Eesti_Rahvusfond, lk 90
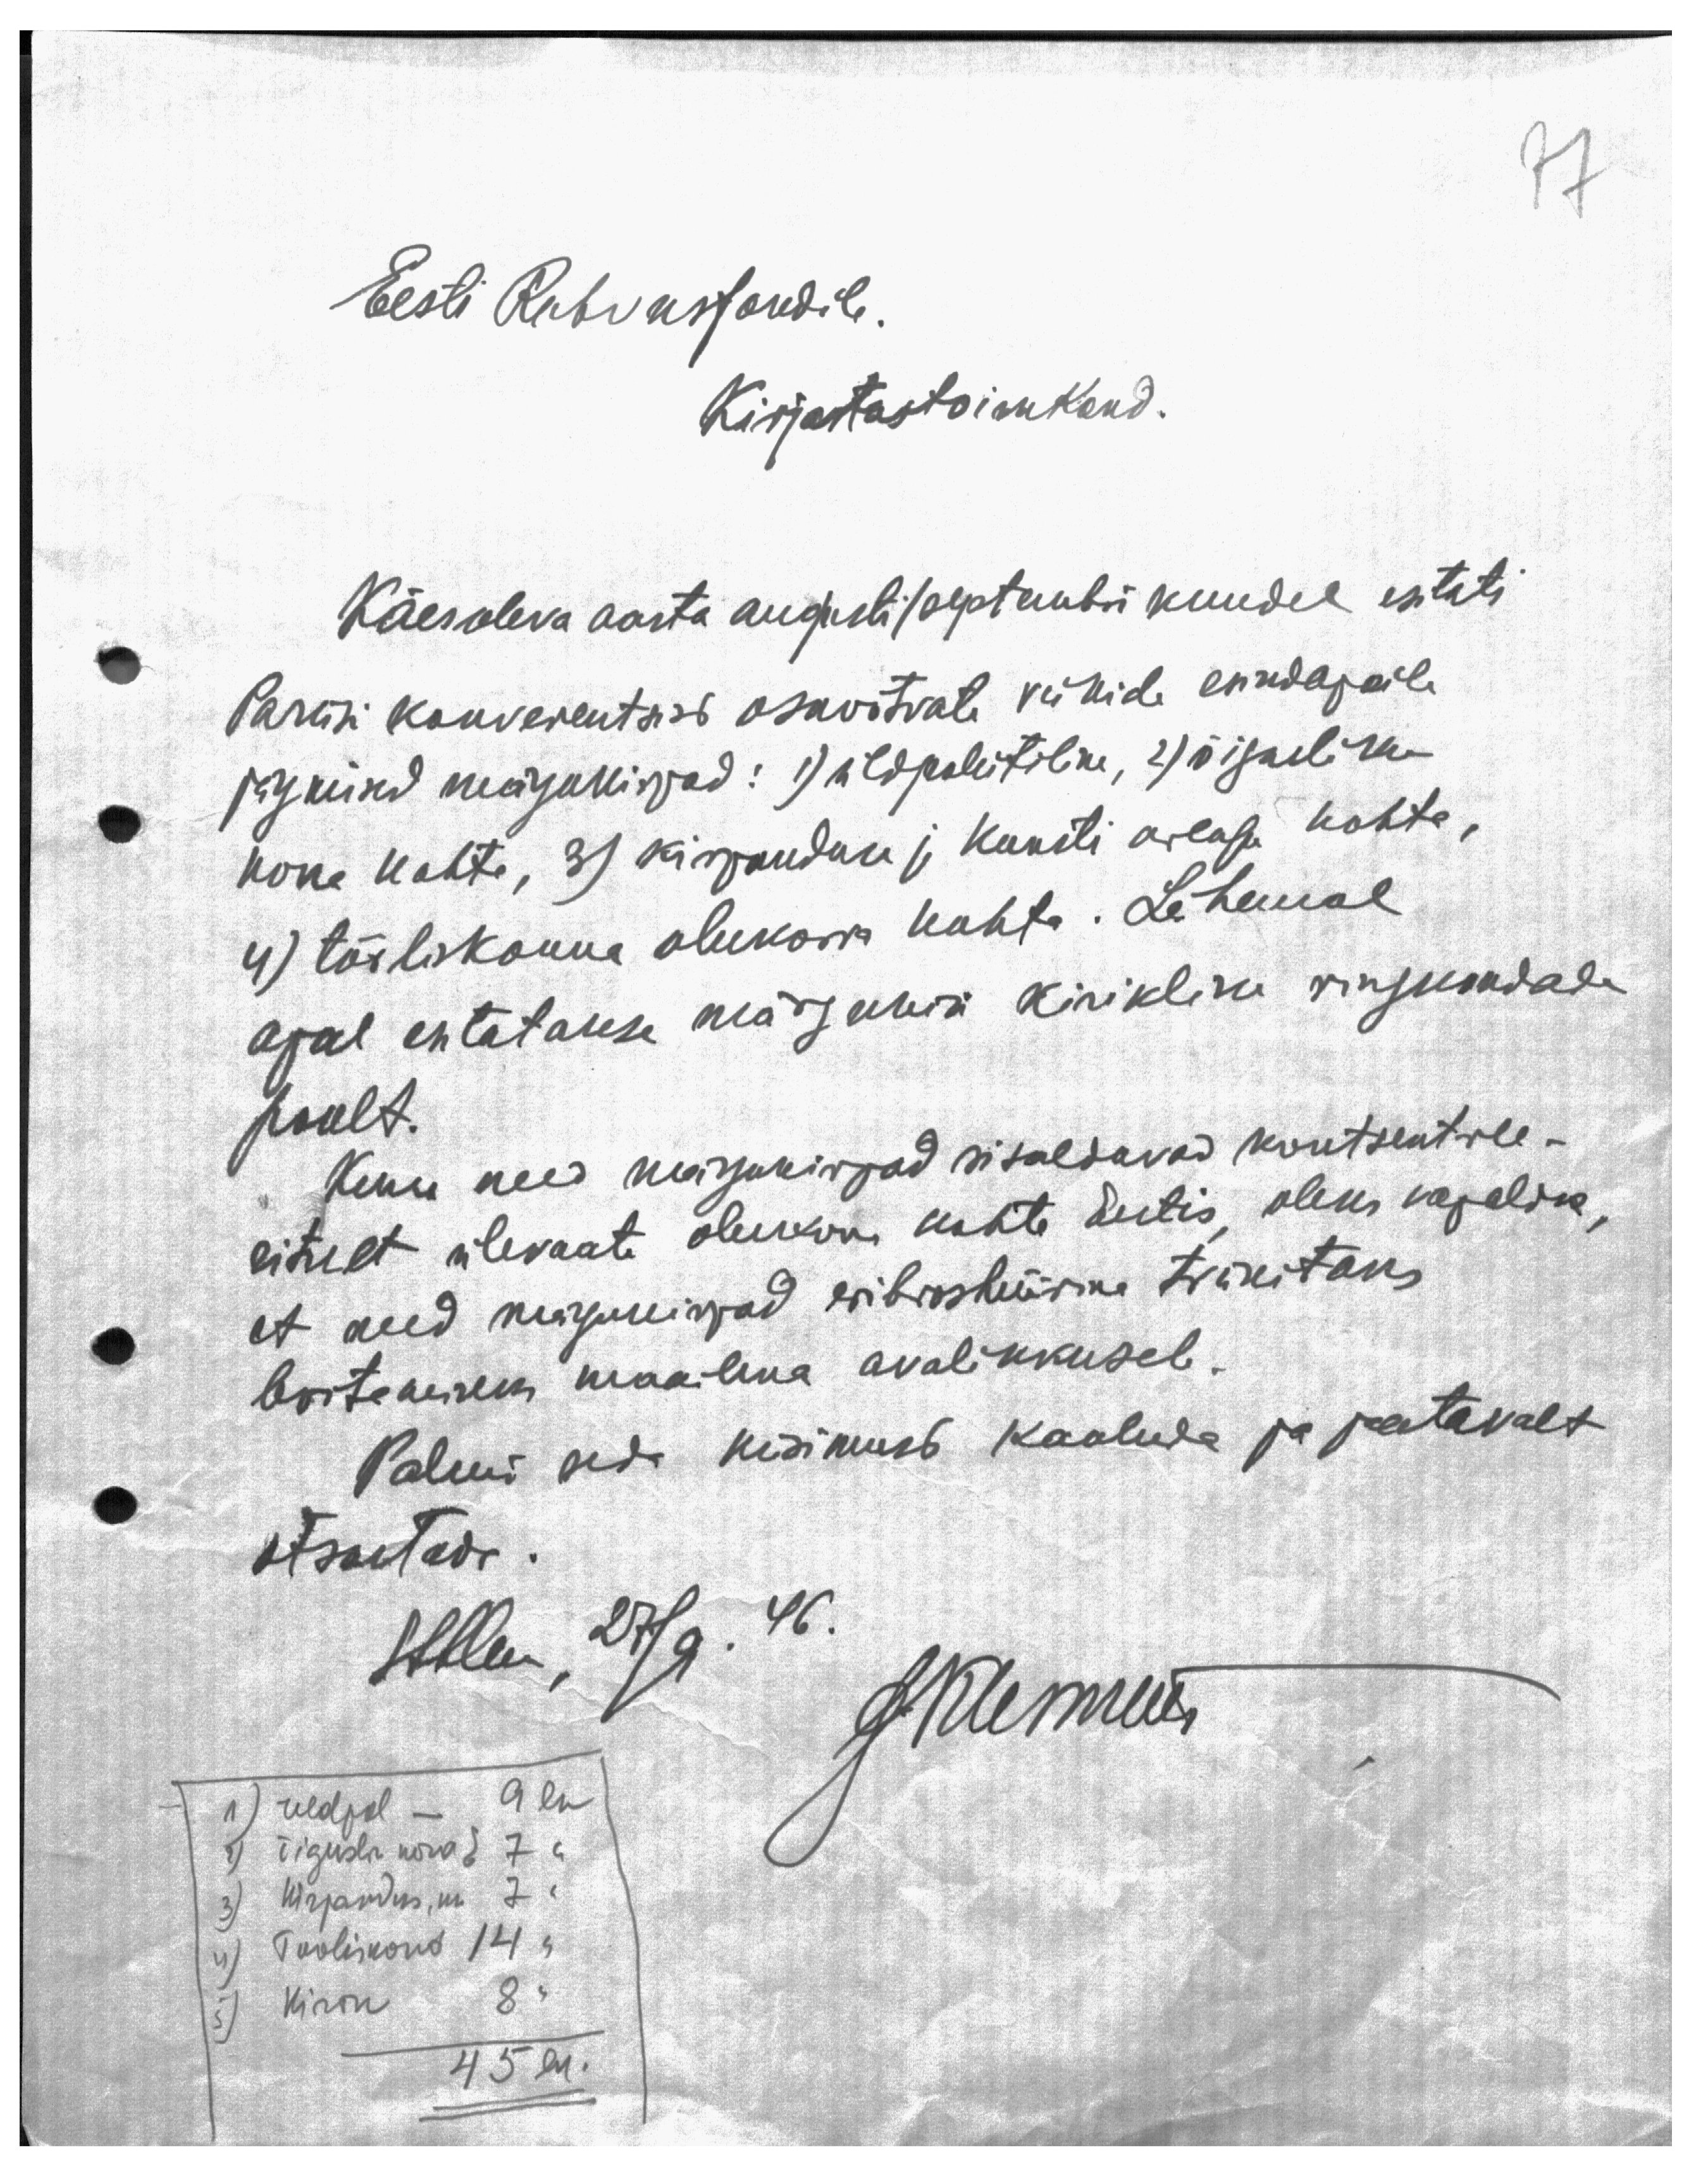
77

Eesti Rahvusfondile.
Kirjastustoimkond.
Käesoleva aasta augusti/septembri kuudel esitati
Pariisi konverentsist osavõtvate riikide esindajaile
järgmised märgukirjad: 1) üldpoliitiline, 2) õigusliku
korra kohta, 3) kirjanduse ja kunsti arengu kohta,
4) tõöliskonna olukorra kohta. Lähemal
ajal esitatakse märgukiri kiriklike ringkondade
poolt.
Kuna need märgukirjad sisaldavad kontsentree-
ritult ülevaate olukorra kohta Eestis, oleks vajalik,
et need märgukirjad eribroshüürina trükitaks
levitamiseks maailma avalikkusele.
Palun seda küsimust kaaluda ja jaatavalt
otsustada.
Stklm, 27/9. 46.
JKlemens
1) üldpol - 9 lk
2) õiguslik kord 7 „
3) kirjandus, nr 7 „
4) Tooliskond 14 „
5) Kirik 8 „
45 lk.